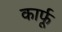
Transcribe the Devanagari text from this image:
कार्फू